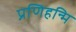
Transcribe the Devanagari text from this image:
प्रणिहन्मि